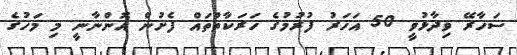
ސަހާރޭ ވިދާޅުވީ 50 އަހަރު ފުރުމުގެ ހަރަކާތްތައް ފެށުން އޮންނާނީ މި މަހުގެ